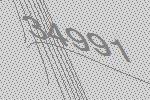
34991